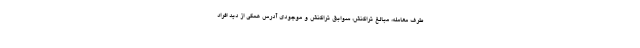
طرف معامله، مبالغ تراکنش، سوابق تراکنش و موجودی آدرس همگی از دید افراد